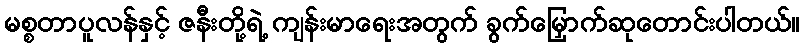
မစ္စတာပူလန်နှင့် ဇနီးတို့ရဲ့ ကျန်းမာရေးအတွက် ခွက်မြှောက်ဆုတောင်းပါတယ်။